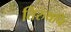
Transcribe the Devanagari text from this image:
तिरुथनि